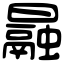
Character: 曧